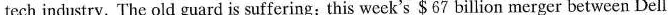
tech industry. The old guard is suffering: this w cck's $67 billion merger between Dell